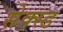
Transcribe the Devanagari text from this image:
सेक्स्ड